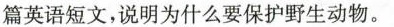
篇英语短文，说明为什么要保护野生动物。